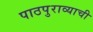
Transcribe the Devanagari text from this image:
पाठपुराव्याची